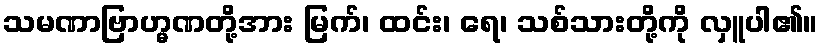
သမဏာဗြာဟ္မဏတို့အား မြက်၊ ထင်း၊ ရေ၊ သစ်သားတို့ကို လှူပါ၏။